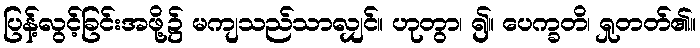
ပြန့်လွင့်ခြင်းအဖို့၌ မကျသည်သာလျှင်။ ဟုတွာ၊ ၍။ ပေက္ခတိ၊ ရှုတတ်၏။